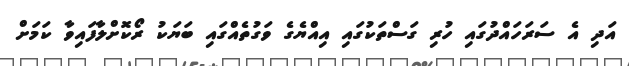
އަދި އެ ސަރަހައްދުގައި ހުރި ގަސްތަކުގައި އިއްޔެގެ ވަގުތެއްގައި ބަޔަކު ރޯކޮށްލާފައިވާ ކަމަށް